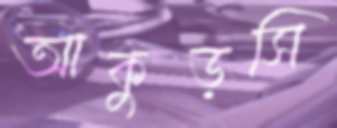
আকুড়সি